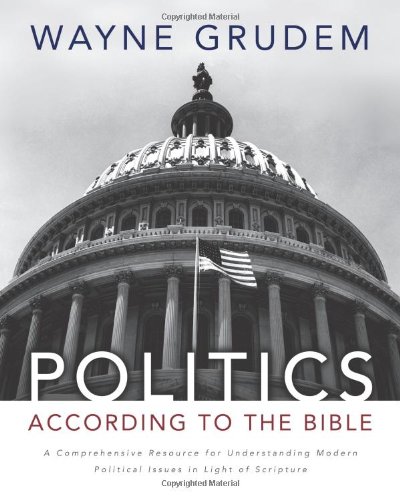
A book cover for Politics - According to the Bible: A Comprehensive Resource for Understanding Modern Political Issues in Light of Scripture; Wayne A. Grudem; Religion & Spirituality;